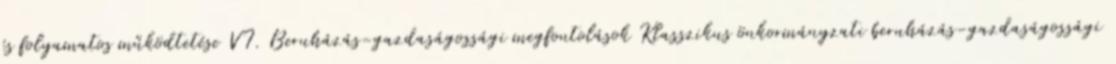
és folyamatos működtetése VI. Beruházás-gazdaságossági megfontolások Klasszikus önkormányzati beruházás-gazdaságossági